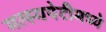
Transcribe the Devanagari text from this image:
मत्स्यपेटीमध्ये